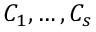
C _ { 1 } , \dots , C _ { s }